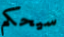
سيحكم